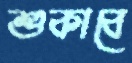
শুকাবে